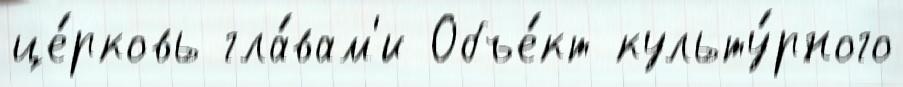
це́рковь гла́вам'и Объе́кт культу́рного